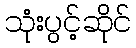
သုံးပွင့်ဆိုင်